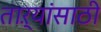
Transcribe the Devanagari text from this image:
ताऱ्यांसाठी